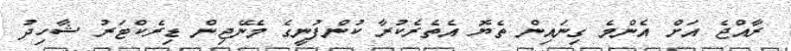
ރާއްޖެ އަށް އެންމެ ގިނައިން ތެޔޮ އެތެރެކުރާ ކުންފުނީގެ މެނޭޖިން ޑިރެކްޓަރު ޝާހިދު